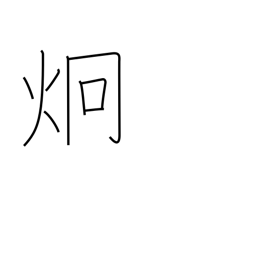
Meaning: light